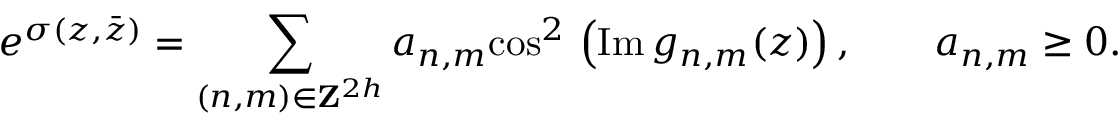
e ^ { \sigma ( z , \bar { z } ) } = \sum _ { ( { n , m } ) \in { \bf Z } ^ { 2 h } } a _ { n , m } \mathrm { c o s } ^ { 2 } \, \left( \mathrm { I m } \, g _ { n , m } ( z ) \right) , \qquad a _ { n , m } \ge 0 .